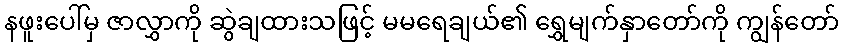
နဖူးပေါ်မှ ဇာလွှာကို ဆွဲချထားသဖြင့် မမရေချယ်၏ ရွှေမျက်နှာတော်ကို ကျွန်တော်